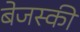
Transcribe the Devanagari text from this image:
बेजस्की